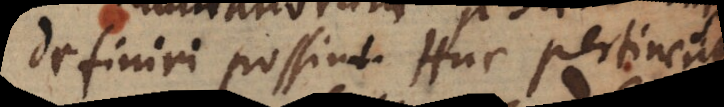
definiri possint. Huc pertinent